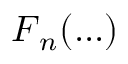
\boldsymbol { F } _ { n } ( . . . )